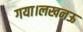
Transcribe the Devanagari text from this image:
गया।लखनऊ